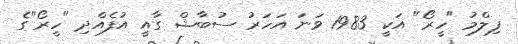
ފިލްމު "ހީރޯ" އަކީ 1983 ވަނަ އަހަރު ސުބާޝް ގާއީ އުފެއްދި "ހީރޯ"ގެ